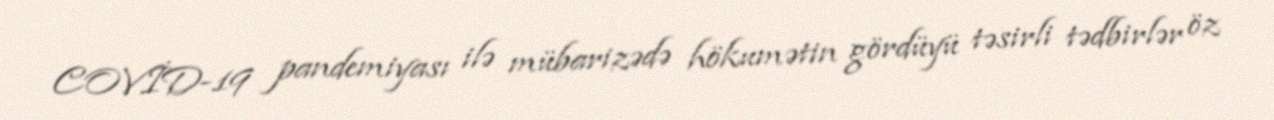
COVİD-19 pandemiyası ilə mübarizədə hökumətin gördüyü təsirli tədbirlər öz